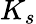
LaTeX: K_{s}